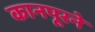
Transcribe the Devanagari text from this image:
कानपूरने